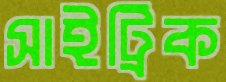
সাইট্রিক